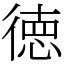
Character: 徳